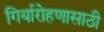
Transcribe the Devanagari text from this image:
गिर्यारोहणासाठी